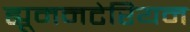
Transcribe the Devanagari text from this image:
ह्यूमनटेरियन